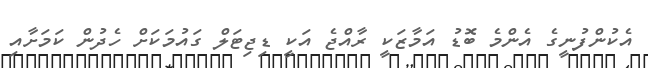
އެކުންފުނީގެ އެންމެ ބޮޑު އަމާޒަކީ ރާއްޖެ އަކީ ޑިޖިޓަލް ގައުމަކަށް ހެދުން ކަމަށާއި